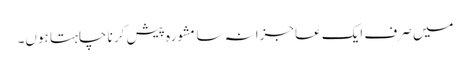
میں صرف ایک عاجزانہ سا مشورہ پیش کر نا چاہتا ہوں۔